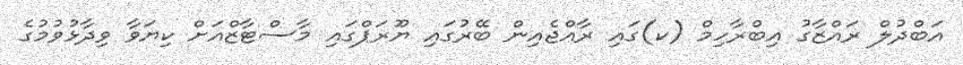
އަބްދުލް ރައްޒާގު އިބްރާހިމް (ކ)ގައި ރާއްޖެއިން ބޭރުގައި ޔޫރަޕްގައި މާސްޓާޒްއަށް ކިޔަވާ ވިދާޅުވުމުގެ